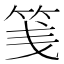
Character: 䇳